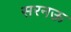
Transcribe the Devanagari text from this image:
सरनऊ